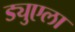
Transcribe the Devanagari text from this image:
ड्युएला